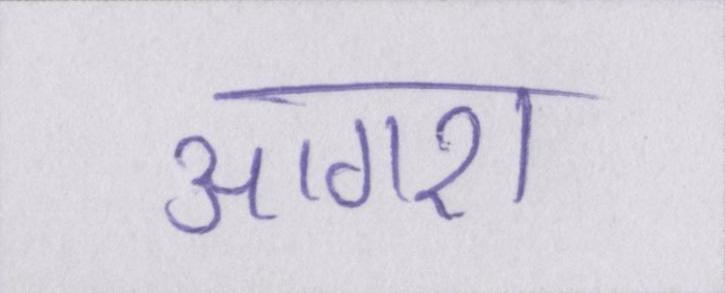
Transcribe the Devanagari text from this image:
आगरा